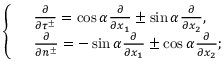
\left\{ \begin{array} { r l } & { \frac { \partial } { \partial \tau ^ { \pm } } = \cos \alpha \frac { \partial } { \partial x _ { 1 } } \pm \sin \alpha \frac { \partial } { \partial x _ { 2 } } , } \\ & { \frac { \partial } { \partial n ^ { \pm } } = - \sin \alpha \frac { \partial } { \partial x _ { 1 } } \pm \cos \alpha \frac { \partial } { \partial x _ { 2 } } ; } \end{array} \right.